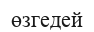
өзгедей